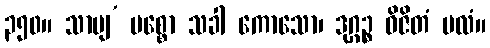
၃၅၀။ သာမျ’ မစ္စော သခါ ကောသော၊ ဒုဂ္ဂဉ္စ ဝိဇိတံ ဗလံ။